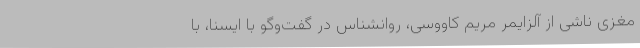
مغزی ناشی از آلزایمر مریم کاووسی، روانشناس در گفت‌وگو با ایسنا، با